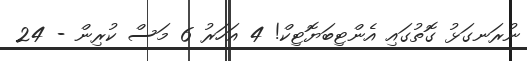
ނުރަނގަޅު ގޮތުގައި އެންޓިބަޔޮޓިކް! 4 އަހަރު 6 މަސް ކުރިން - 24